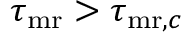
\tau _ { \mathrm { m r } } > \tau _ { { \mathrm { m r } } , c }